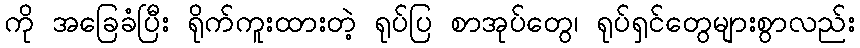
ကို အခြေခံပြီး ရိုက်ကူးထားတဲ့ ရုပ်ပြ စာအုပ်တွေ၊ ရုပ်ရှင်တွေများစွာလည်း